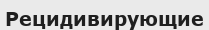
Рецидивирующие